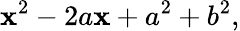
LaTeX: \mathbf{x}^{2}-2a\mathbf{x}+a^{2}+b^{2},